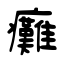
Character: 癱